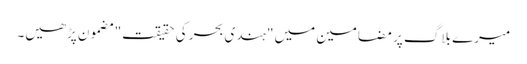
میرے بلاگ پر مضامین میں "ہندی بحر کی حقیقت" مضمون پڑھیں۔